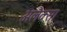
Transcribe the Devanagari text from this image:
अलैक्सा